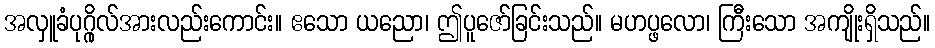
အလှူခံပုဂ္ဂိုလ်အားလည်းကောင်း။ ဧသော ယညော၊ ဤပူဇော်ခြင်းသည်။ မဟပ္ဖလော၊ ကြီးသော အကျိုးရှိသည်။